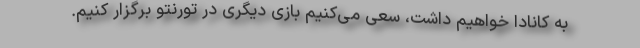
به کانادا خواهیم داشت، سعی می‌کنیم بازی دیگری در تورنتو برگزار کنیم.